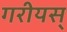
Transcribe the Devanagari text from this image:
गरीयस्‌